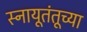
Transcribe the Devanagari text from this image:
स्नायूतंतूच्या